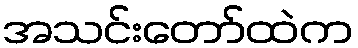
အသင်းတော်ထဲက